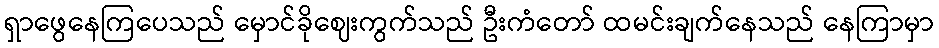
ရှာဖွေနေကြပေသည် မှောင်ခိုဈေးကွက်သည် ဦးကံတော် ထမင်းချက်နေသည် နေကြာမှာ